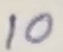
Text: 10